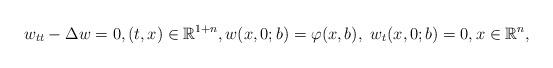
LaTeX: \begin{align*}w_{tt}- \Delta w =0, (t,x) \in {\mathbb R}^{1+n}, w(x,0;b)= \varphi (x,b), \,\, w_t(x,0;b)=0 ,x \in {\mathbb R}^n,\end{align*}